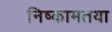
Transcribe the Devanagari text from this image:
निष्कामतया